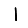
Digit: 1